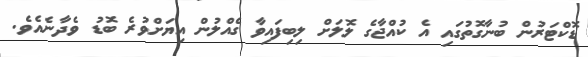
ޑޮކްޓަރުން ބުނާގޮތުގައި އެ ކުއްޖާގެ ލޮލަށް ލިބިފައިވާ ގެއްލުން އިޔަށްވުރެ ބޮޑު ވެދާނެއެވެ.